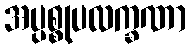
အပ္ပစ္စုပလက္ခဏာ